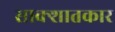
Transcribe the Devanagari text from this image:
साक्शातकार